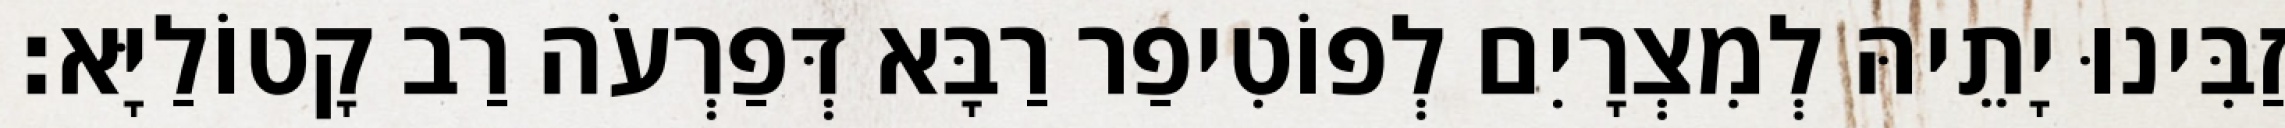
זַבִּינוּ יָתֵיהּ לְמִצְרָיִם לְפוֹטִיפַר רַבָּא דְּפַרְעֹה רַב קָטוֹלַיָּא׃